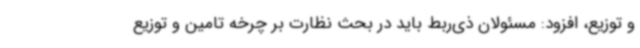
و توزیع، افزود: مسئولان ذی‌ربط باید در بحث نظارت بر چرخه تامین و توزیع